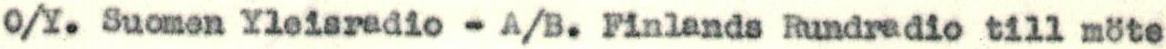
O/Y. Suomen Yleisradio - A/B. Finlands Rundradio till möte